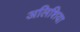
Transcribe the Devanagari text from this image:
अलिशिया